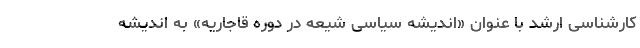
کارشناسی ارشد با عنوان «اندیشه سیاسی شیعه در دوره قاجاریه» به اندیشه